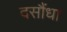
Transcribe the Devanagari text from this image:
दसौंधा